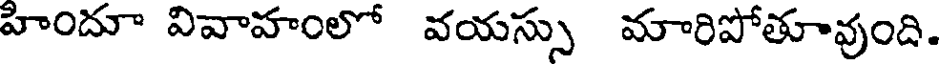
హిందూ వివాహంలో వయస్సు మారిపోతూవుంది.